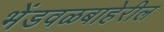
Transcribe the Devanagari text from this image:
भेंडवळबाहेरील